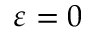
\varepsilon = 0